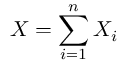
X = \sum _ { i = 1 } ^ { n } X _ { i }